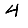
Digit: 4